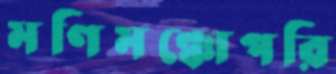
মণিমঞ্চোপরি